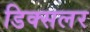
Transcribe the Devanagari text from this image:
डिक्सलर